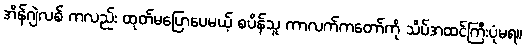
အိန်ဂျဲလစ် ကလည်း ထုတ်မပြောပေမယ့် စပိန်သူ ကာလက်ကတော်ကို သိပ်အထင်ကြီးပုံမရ။